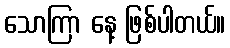
သောကြာ နေ့ ဖြစ်ပါတယ်။